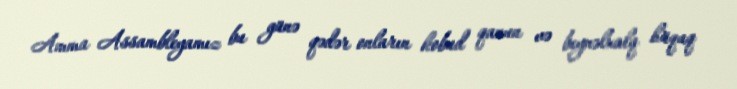
Amma Assambleyamız bu günə qədər onların kobud qanun və beynəlxalq hüquq